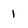
Character: 1